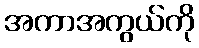
အကာအကွယ်ကို